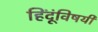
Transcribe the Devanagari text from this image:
हिंदूंविषयी